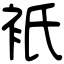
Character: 衹